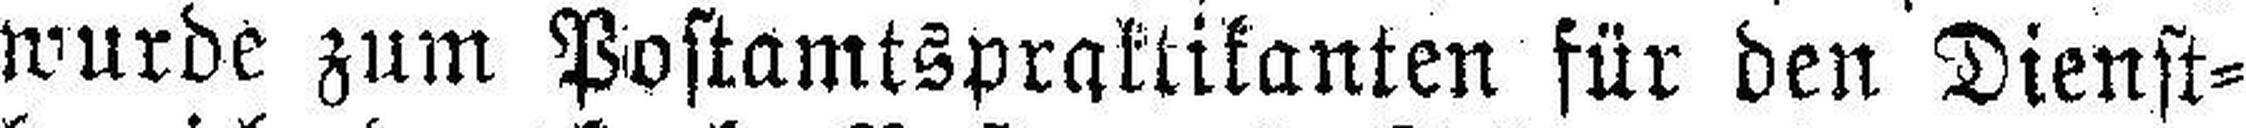
wurde zum Postamtspraktikanten für den Dienst¬